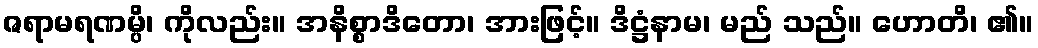
ဇရာမရဏမ္ပိ၊ ကိုလည်း။ အနိစ္စာဒိတော၊ အားဖြင့်။ ဒိဋ္ဌံနာမ၊ မည် သည်။ ဟောတိ၊ ၏။